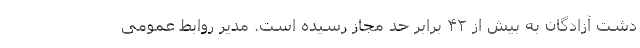
دشت آزادگان به بیش از ۴۲ برابر حد مجاز رسیده است. مدیر روابط عمومی